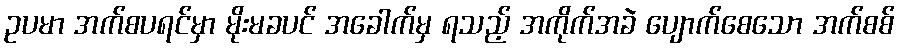
ဥပမာ အက်စပရင်မှာ မိုးမခပင် အခေါက်မှ ရသည့် အကိုက်အခဲ ပျောက်စေသော အက်စစ်